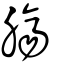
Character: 膓